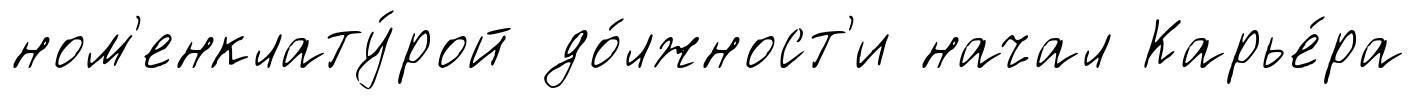
ном'енклату́рой до́лжност'и начал Карье́ра